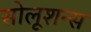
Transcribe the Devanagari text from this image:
सोलूशन्स